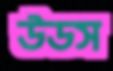
উডস